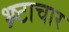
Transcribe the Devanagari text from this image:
भ्र्ष्टाचार